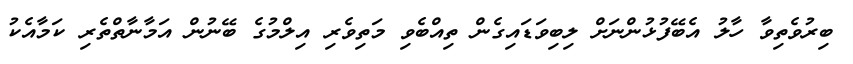
ބިރުވެތިވާ ހާލު އެބޭފުޅުންނަށް ލިބިވަޑައިގެން ތިއްބެވި މަތިވެރި އިލްމުގެ ބޭނުން އަމާނާތްތެރި ކަމާއެކު